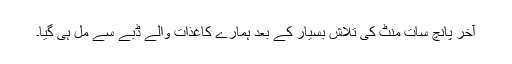
آخر پانچ سات منٹ کی تلاش بسیار کے بعد ہمارے کاغذات والے ڈبے سے مل ہی گیا۔